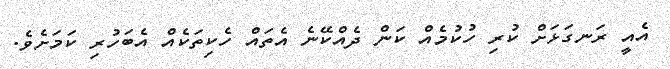
އެއީ ރަނގަޅަށް ކުރި ހުކުމެއް ކަން ދެއްކޭނެ އެތައް ހެކިތަކެއް އެބަހުރި ކަމަށެވެ.